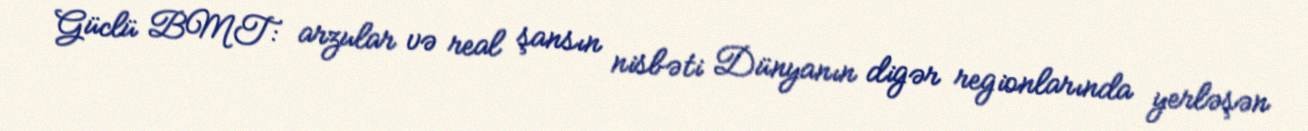
Güclü BMT: arzular və real şansın nisbəti Dünyanın digər regionlarında yerləşən